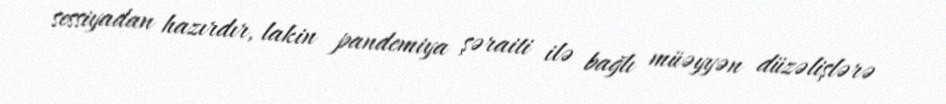
sessiyadan hazırdır, lakin pandemiya şəraiti ilə bağlı müəyyən düzəlişlərə